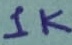
Text: 1K